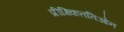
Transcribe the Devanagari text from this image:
प्रीक्ष्किततिओन